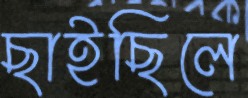
ছাইছিলে